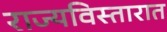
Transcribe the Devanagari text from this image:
राज्यविस्तारात